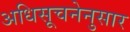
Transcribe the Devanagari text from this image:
अधिसूचनेनुसार